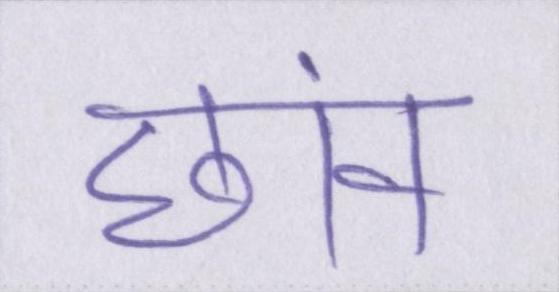
छांव